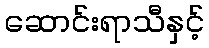
ဆောင်းရာသီနှင့်